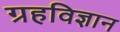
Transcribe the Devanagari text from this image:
ग्रहविज्ञान